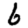
Digit: 6